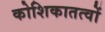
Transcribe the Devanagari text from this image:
कोशिकातत्वों